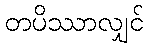
တပိဿာလျှင်